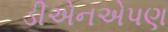
ડીએનએપણ